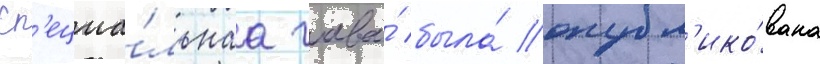
Сп'ециа́льнаа глава́ была́ опубл'ико́вана